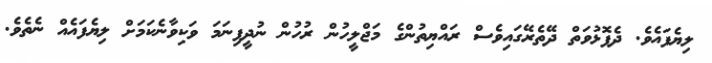
ލިޔެފައެވެ. ދެފޮޅުވަތް ދޭތެރޭގައިވެސް ރައްޔިތުންގެ މަޖްލީހުން ރުހުން ނުދީފިނަމަ ވަކިވާނެކަމަށް ލިޔެފައެއް ނެތެވެ.